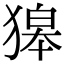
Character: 獆